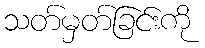
သတ်မှတ်ခြင်းကို